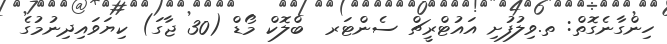
ހިންގާނެގޮތް: ތ.ވިލުފުށި އައުޓްރީޗް ސެންޓަރ  ބްލޮކް މޯޑް (30 ޖާގަ) ކިޔަވައިދިނުމުގެ